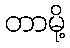
တာမို့